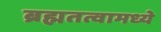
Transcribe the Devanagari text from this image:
ब्रह्मतत्वामध्ये